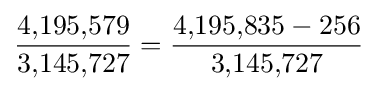
\textstyle {\dfrac {4{,}195{,}579}{3{,}145{,}727}}={\dfrac {4{,}195{,}835-256}{3{,}145{,}727}}